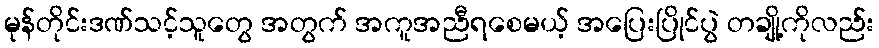
မုန်တိုင်းဒဏ်သင့်သူတွေ အတွက် အကူအညီရစေမယ့် အပြေးပြိုင်ပွဲ တချို့ကိုလည်း